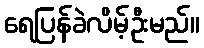
ရေပြန်ခဲလိမ့်ဦးမည်။